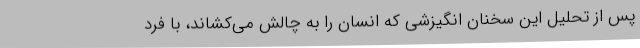
پس از تحلیل این سخنان انگیزشی که انسان را به چالش می‌کشاند، با فرد